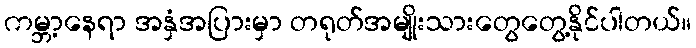
ကမ္ဘာ့နေရာ အနှံအပြားမှာ တရုတ်အမျိုးသားတွေတွေ့နိုင်ပါတယ်။